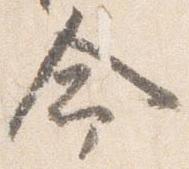
命